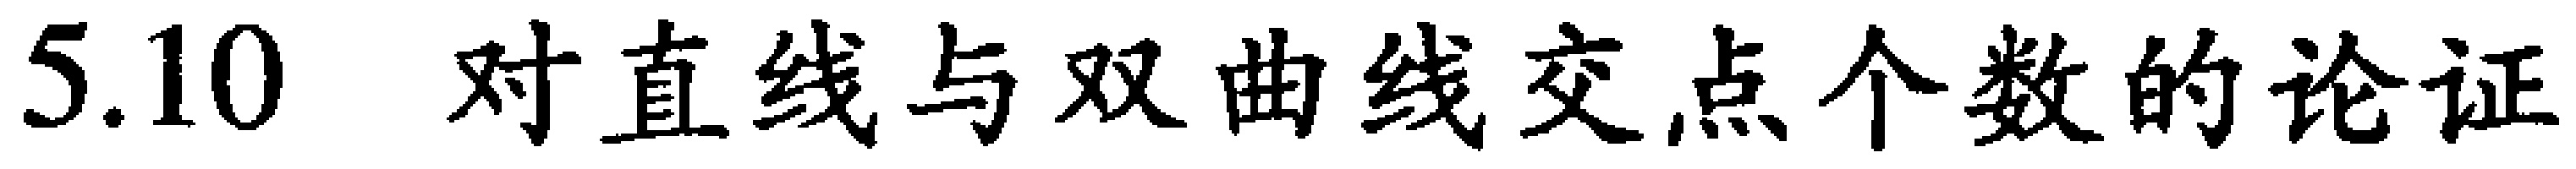
5.10 对直线与双曲线交点个数的论证